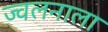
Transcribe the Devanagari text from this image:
ज्वलनाला